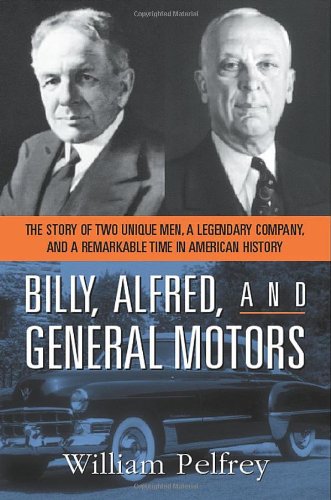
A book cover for Billy, Alfred, and General Motors: The Story of Two Unique Men, a Legendary Company, and a Remarkable Time in American History; William Pelfrey; Business & Money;